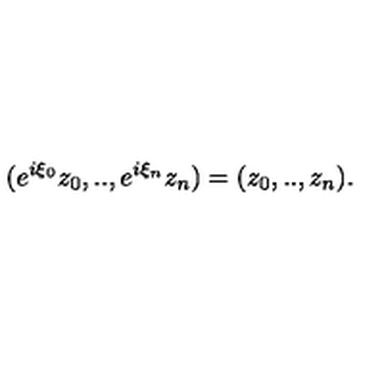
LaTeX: ( e ^ { i \xi _ { 0 } } z _ { 0 } , . . , e ^ { i \xi _ { n } } z _ { n } ) = ( z _ { 0 } , . . , z _ { n } ) .